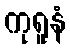
ကုရူနံ